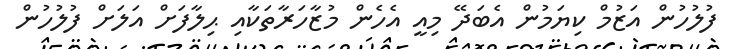
ފުލުހުން އަޒުމް ކިޔަމުން އެބަދޭ މިއީ އެހެން މުޒާހަރާތަކާއި ޙިލާފަށް އަލަށް ފުލުހުން